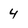
Character: 4